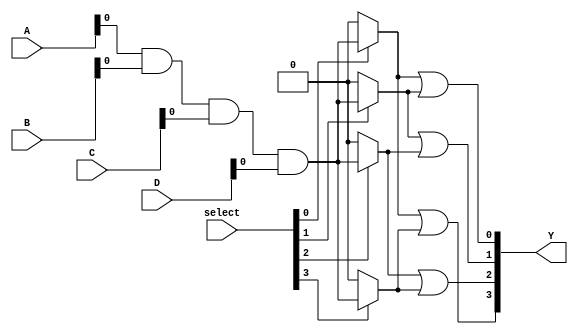
module jewel_pal (
    input wire [3:0] A,       // 4 input pins
    input wire [3:0] B,       // 4 input pins
    input wire [3:0] C,       // 4 input pins
    input wire [3:0] D,       // 4 input pins
    input wire [3:0] select,   // Select lines for programming the AND gates
    output wire [3:0] Y        // 4 output pins
);

// Programmable AND array
wire [3:0] and_out [0:3]; // 4 AND gates

// AND gates implementation
genvar i, j;
generate
    for (i = 0; i < 4; i = i + 1) begin : and_gates
        assign and_out[i] = (select[i] == 1'b1) ? (A & B & C & D) : 4'b0000; // Example AND logic
    end
endgenerate

// Fixed OR array
assign Y[0] = and_out[0] | and_out[1]; // OR gate 1
assign Y[1] = and_out[1] | and_out[2]; // OR gate 2
assign Y[2] = and_out[2] | and_out[3]; // OR gate 3
assign Y[3] = and_out[0] | and_out[3]; // OR gate 4

endmodule